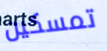
تمسكين